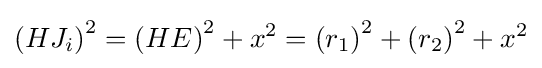
\left(HJ_{i}\right)^{2}=\left(HE\right)^{2}+x^{2}=\left(r_{1}\right)^{2}+\left(r_{2}\right)^{2}+x^{2}